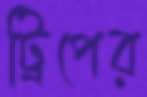
ট্রিপের